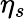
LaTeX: \eta_{s}